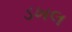
ડખલ